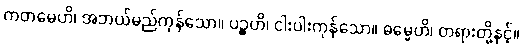
ကတမေဟိ၊ အဘယ်မည်ကုန်သော။ ပဉ္စဟိ၊ ငါးပါးကုန်သော။ ဓမ္မေဟိ၊ တရားတို့နှင့်။